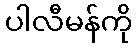
ပါလီမန်ကို